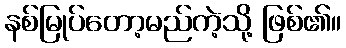
နစ်မြုပ်တော့မည်ကဲ့သို့ ဖြစ်၏။